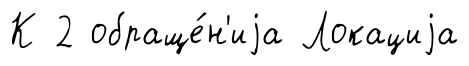
К 2 обраще́н'иjа Локациjа